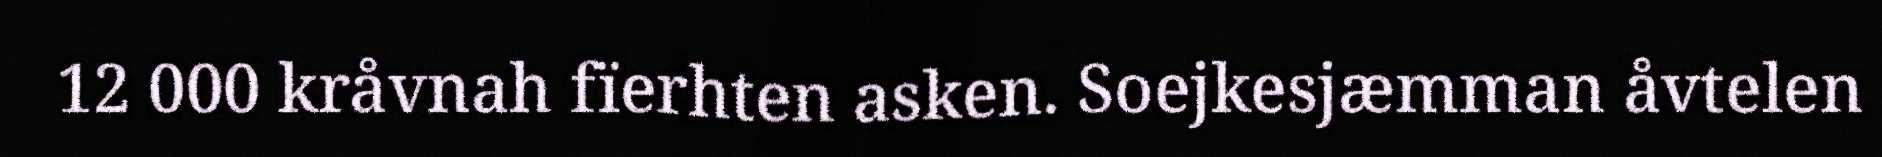
12 000 kråvnah fïerhten asken. Soejkesjæmman åvtelen